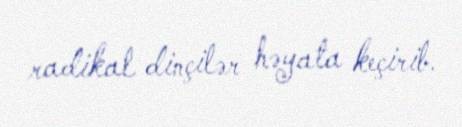
radikal dinçilər həyata keçirib.